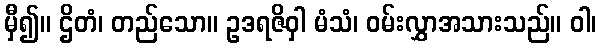
မှီ၍။ ဌိတံ၊ တည်သော။ ဥဒရဇိဝှါ မံသံ၊ ဝမ်းလွှာအသားသည်။ ဝါ၊